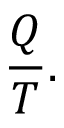
{ } { \frac { Q } { T } } .